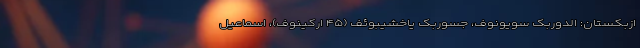
ازبکستان: الدوربک سویونوف، جسوربک یاخشیبوئف (۴۵ ارکینوف)، اسماعیل